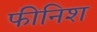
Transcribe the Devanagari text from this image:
फीनिश